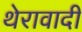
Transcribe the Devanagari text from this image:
थेरावादी